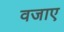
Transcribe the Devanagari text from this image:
वजाए